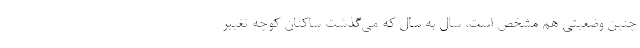
چنین وضعیتی هم مشخص است، سال به سال که می‌گذشت ساکنان کوچه تغییر